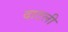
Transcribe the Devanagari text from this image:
दाटली